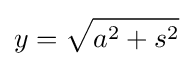
y={\sqrt {a^{2}+s^{2}}}